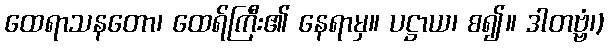
ထေရာသနတော၊ ထေရ်ကြီး၏ နေရာမှ။ ပဋ္ဌာယ၊ စ၍။ ဒါတဗ္ဗံ၊)